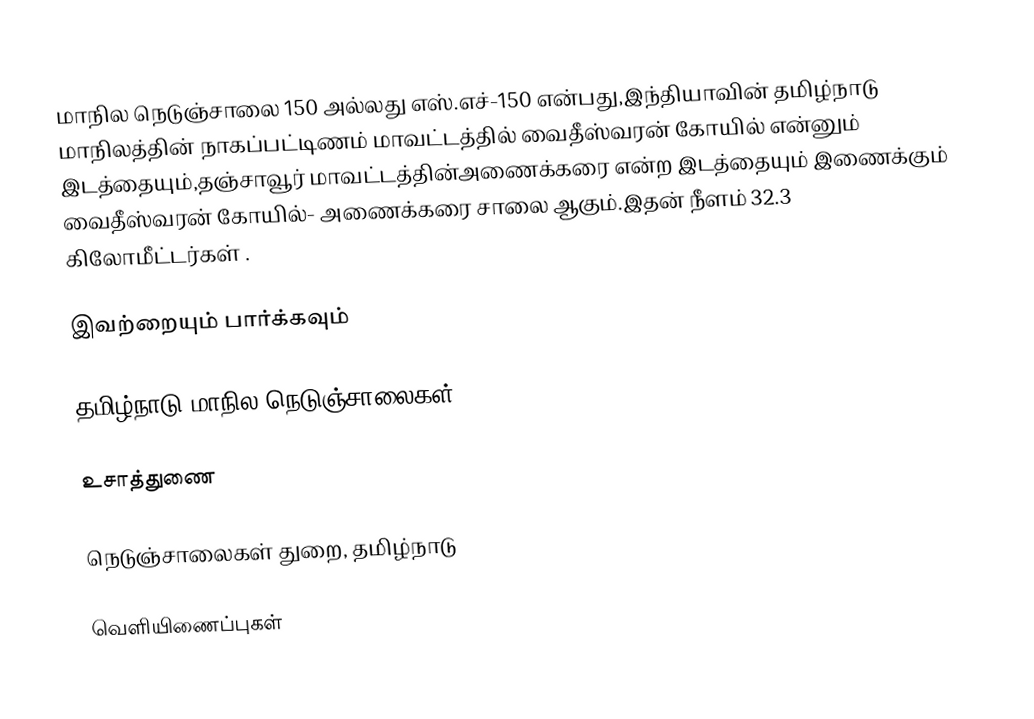
மாநில நெடுஞ்சாலை 150 அல்லது எஸ்.எச்-150  என்பது,இந்தியாவின் தமிழ்நாடு மாநிலத்தின்  நாகப்பட்டிணம் மாவட்டத்தில்  வைதீஸ்வரன் கோயில்  என்னும் இடத்தையும்,தஞ்சாவூர் மாவட்டத்தின்அணைக்கரை  என்ற இடத்தையும் இணைக்கும் வைதீஸ்வரன் கோயில்- அணைக்கரை சாலை ஆகும்.இதன் நீளம் 32.3  கிலோமீட்டர்கள் .

இவற்றையும் பார்க்கவும்

 தமிழ்நாடு மாநில நெடுஞ்சாலைகள்

உசாத்துணை

 நெடுஞ்சாலைகள் துறை, தமிழ்நாடு

வெளியிணைப்புகள்